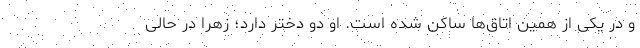
و در یکی از همین اتاق‌ها ساکن شده است. او دو دختر دارد؛ زهرا در حالی